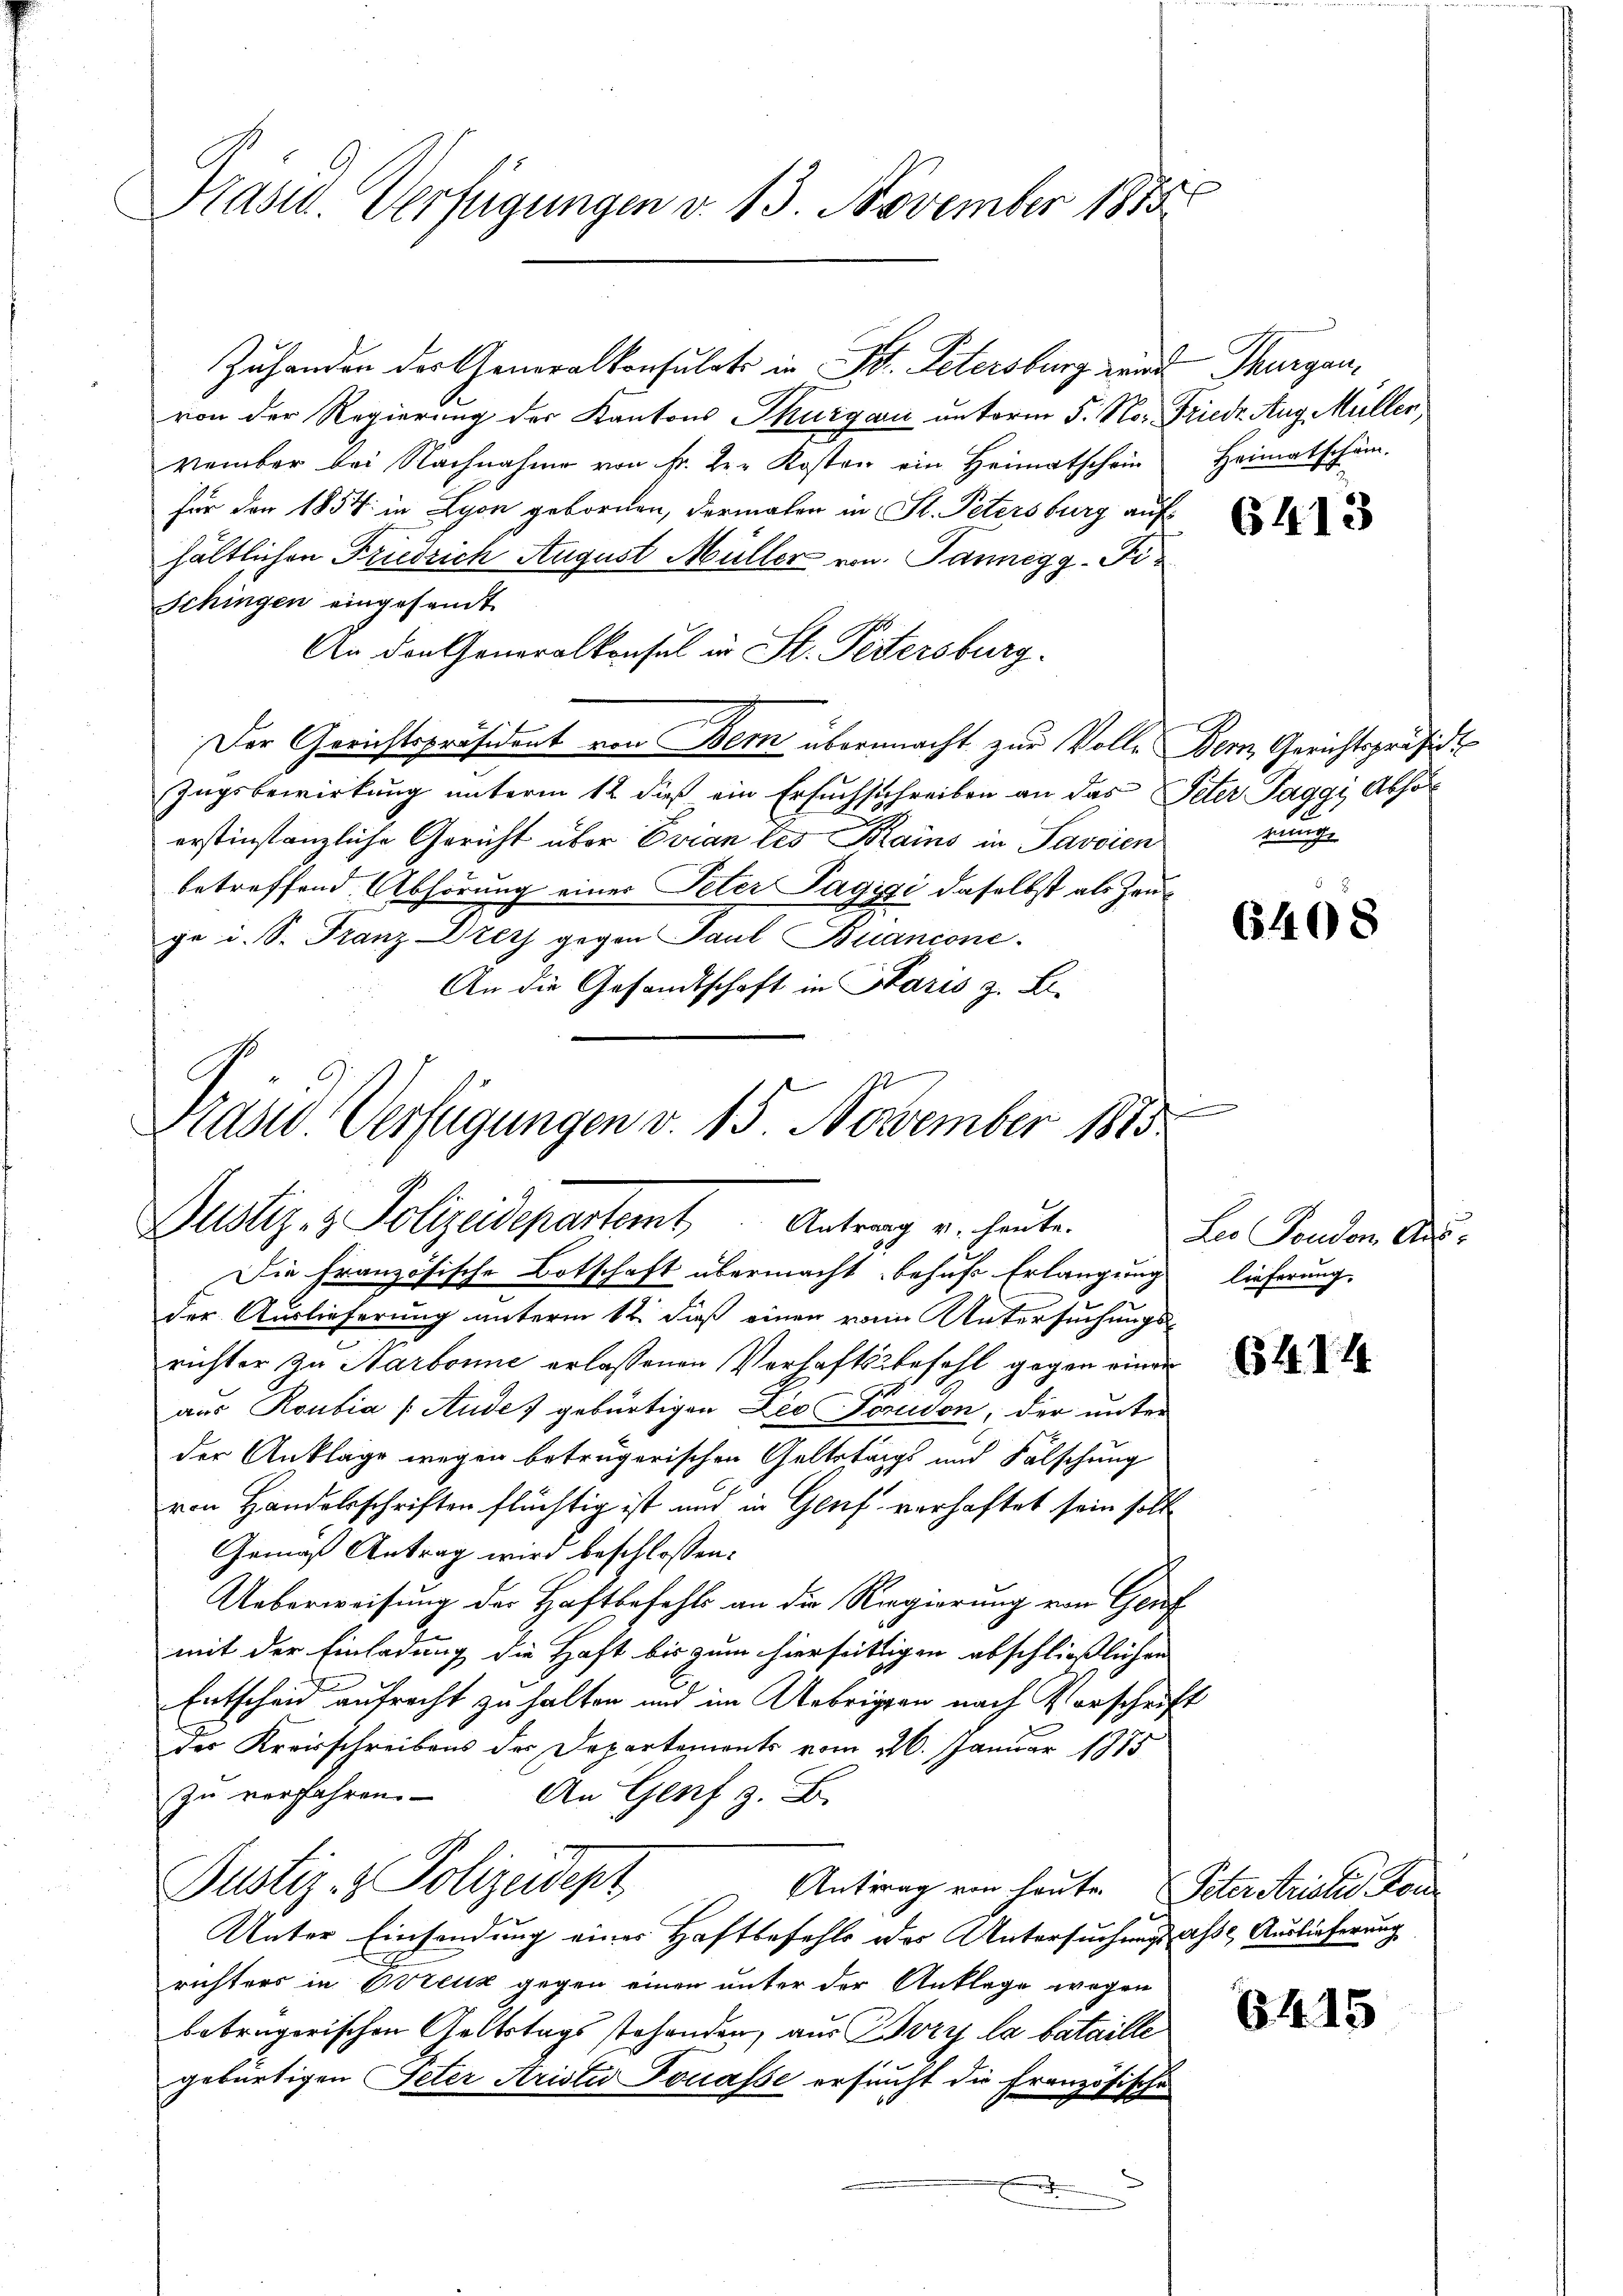
Kasid. Verfügungen d. 13. November 1855

Zuhanden der Generalkonsulat in B. Petersburg wird Thurganvon der Regierung der Kantons Thurgau unterm 5. No. Friedr. Aug. Müller
vember bei Nachnahme von Fr. Der Kosten ein Heimatschein
für den 1854 in Lyon gebornen, dermalen in St. Petersburg auf
hältlichen Friedrich August Müller von Tannegg-Fi¬
Schingen eingesandt.
An den Generalkonsul in St. Petersburg.
Der Gerichtspräsident von Bem übermacht zur Volle Bern Gerichtspräsid
Zugsbewirkung unterm 12 dieß ein Ersuchschreiben an das Peter Taggi Abhör
erstinstanzliche Gericht über Evian des Krains in Savoien
betreffend Abhörung einer Peter Pagigi daselbst als Zeuge i. S. Franz Drey gegen Paul Buancone.
An die Gesandtschaft in Paris z. Li-

Präsid Verfügungen v. 15. November 1883
Justiz- & Polizeidepartamt Antrag u. heute.
Die Französische Botschaft übermacht behufs Erlangung lieferung,

der Auslieferung unterm 12. dieß einen von Untersuchungs-
richter zu Narbonne erlassenen Verhaftsbefehl gegen einen
aus Roubia /:Aude gebürtigen Die Forudon, der unter
der Anklage wegen betrügerischen Geltstags und Fälschung
von Handelsschriften flüchtig ist und in Genf verhaftet sein soll
Gemäß Antrag wird beschlossen:
Ueberweisung der Haftbefehls an die Regierung von Genf
mit der Einladung die Haft bis zum hierseitigen abschließlichen
Entscheid aufrecht zu halten und im Uebrigen nach Vorschrift
der Kreisschreibens der Departemonts vom 26. Januar 1885
zu verfahren.
An Genf z. B.
Justiz- & Polizeidept
Antrag von heute. Peterstristis fon
Unter Einsendung einer Haftbefehls des Untersuchungslasse Auslieferung
richters in Creuz gegen einen unter der Anklage wegen
betrügerischen Geltstags stehenden, aus Bvry la bataille
gebürtigen Peter Ariste Jonasse ersucht die Französische

Heimatschäm

6413

rung

640:

Le Fondon Aus¬

651. 74

6415